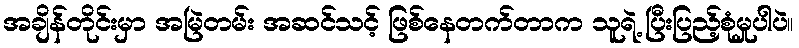
အချိန်တိုင်းမှာ အမြဲတမ်း အဆင်သင့် ဖြစ်နေတက်တာက သူရဲ့ ပြီးပြည့်စုံမှုပါပဲ။